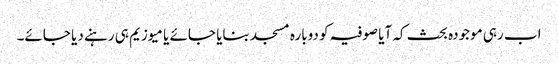
اب رہی موجودہ بحث کہ آیا صوفیہ کو دوبارہ مسجد بنایا جائے یا میوزیم ہی رہنے دیا جائے۔